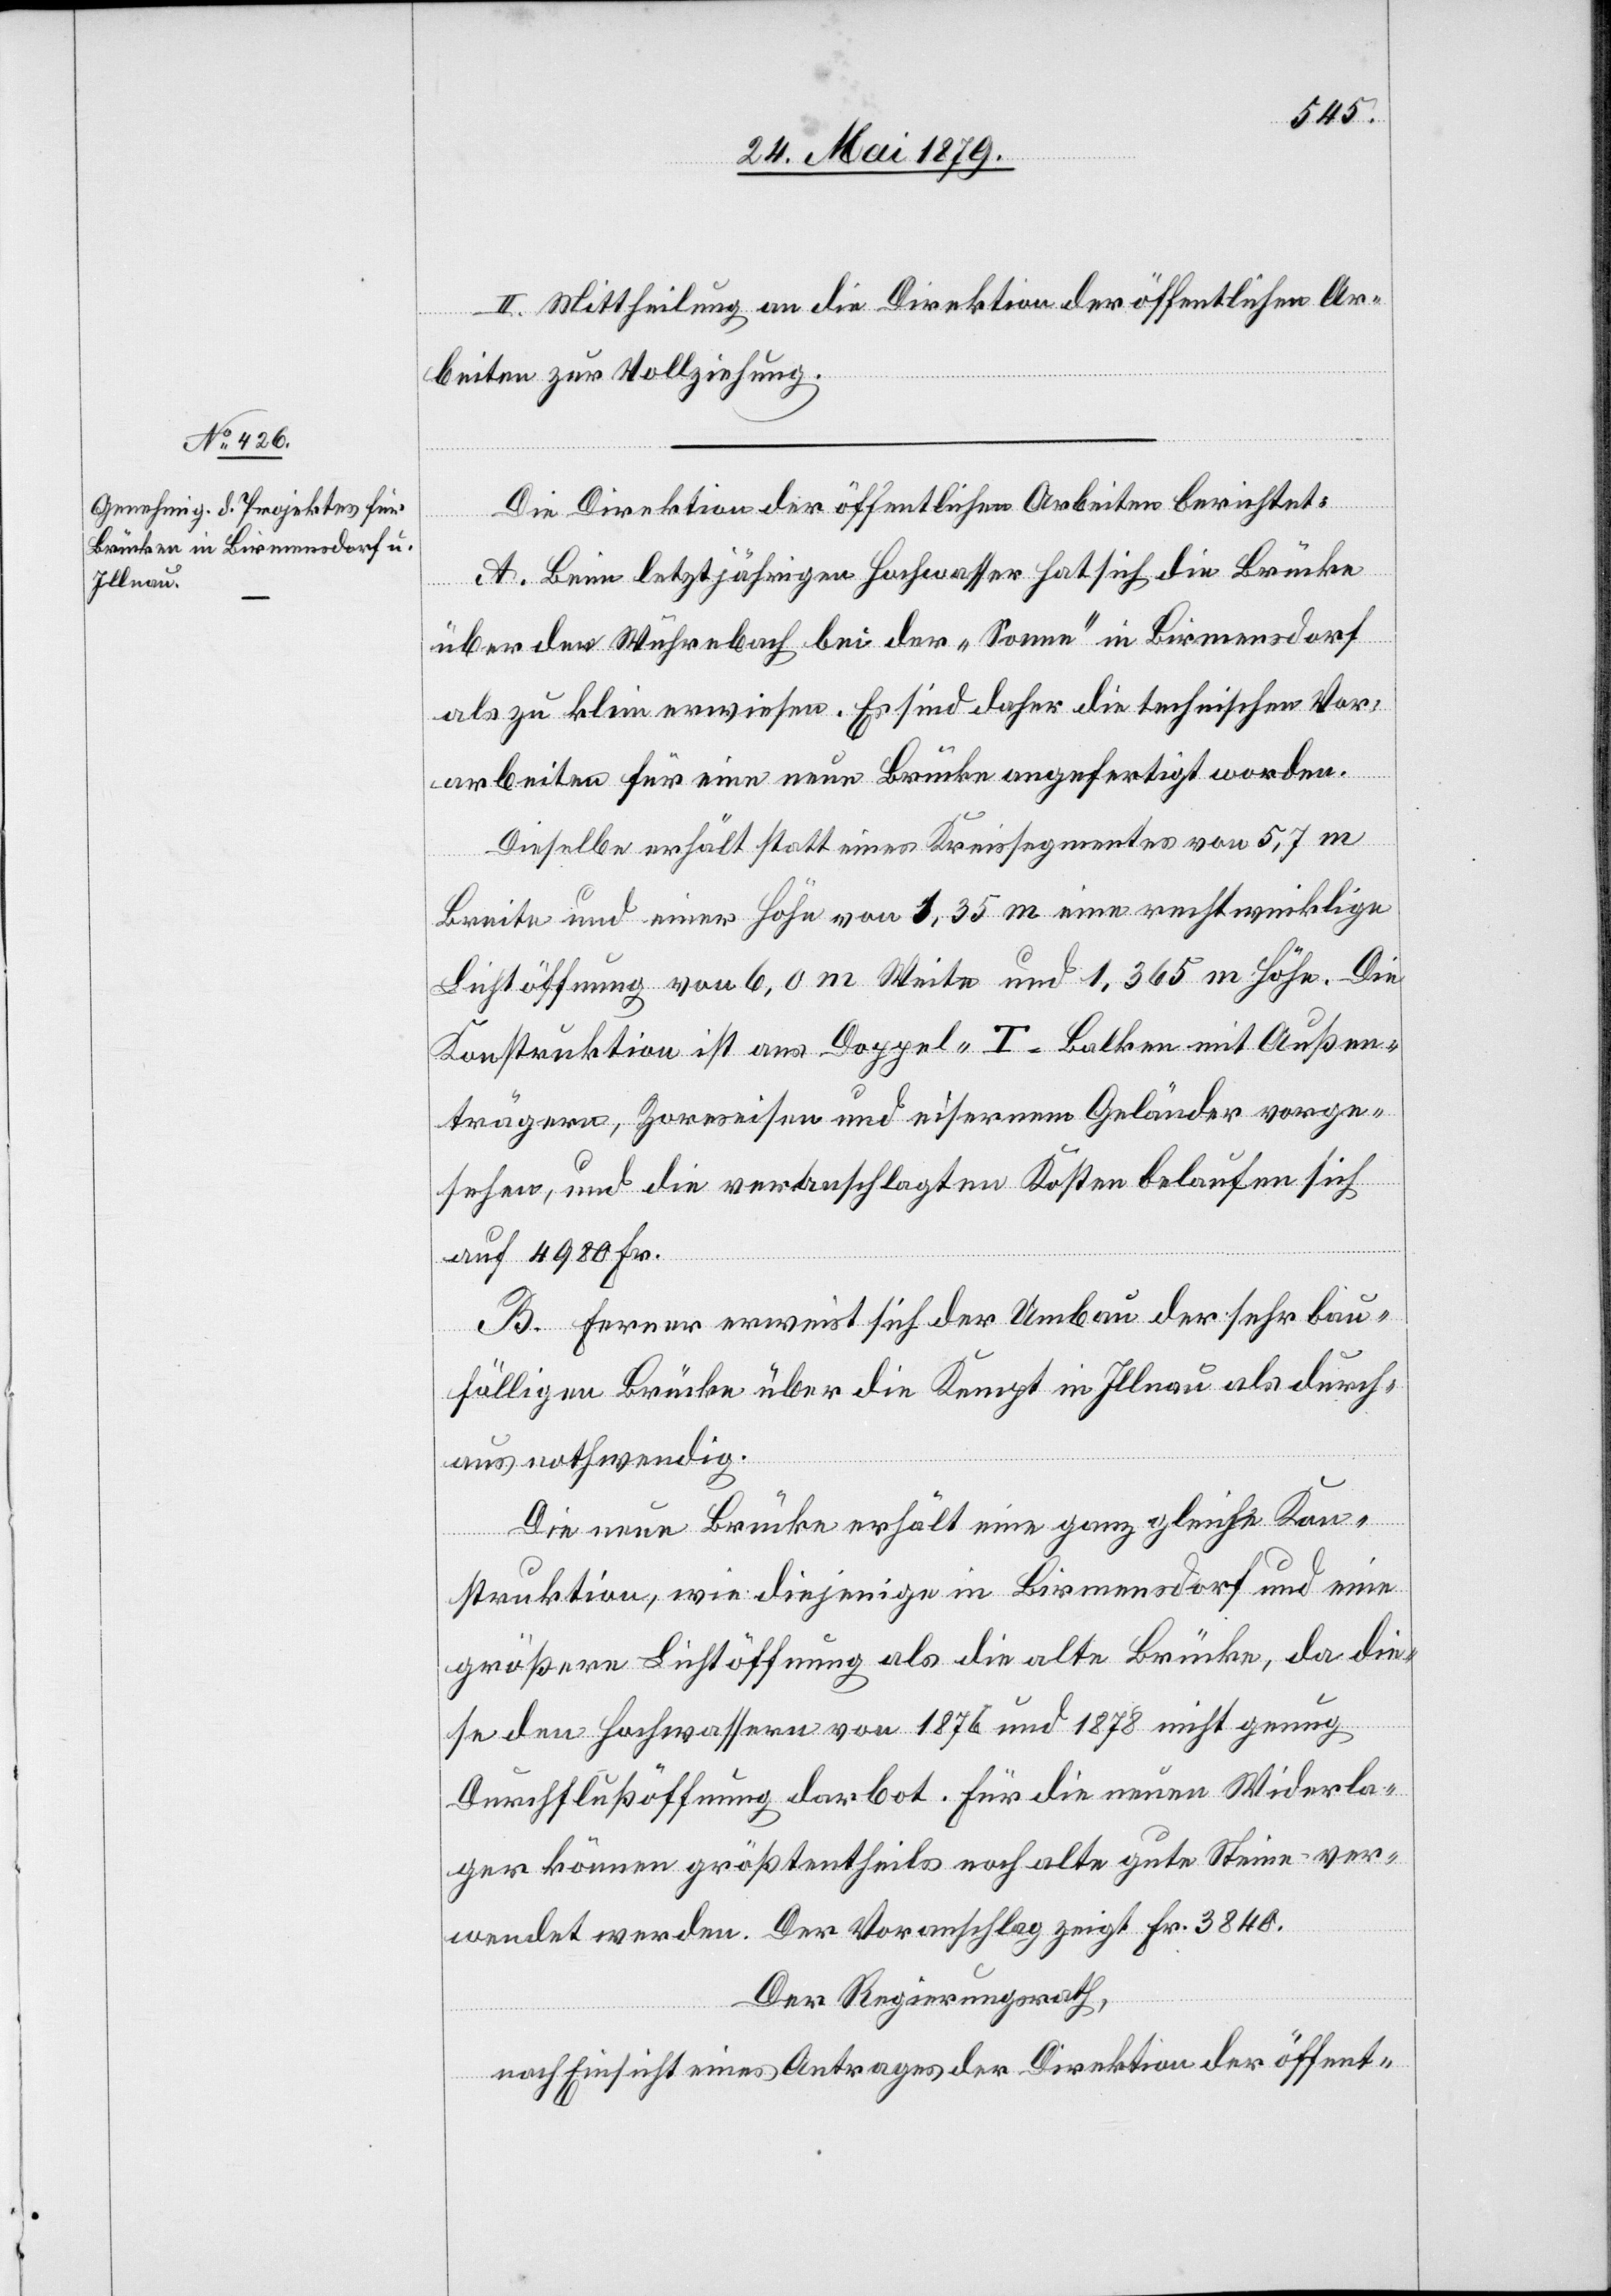
II. Mittheilung an die Direktion der öffentlichen Ar¬
beiten zur Vollziehung.
Die Direktion der öffentlichen Arbeiten berichtet:
A. Beim letztjährigen Hochwasser hat sich die Brücke
über den Wuhrebach bei der „Sonne“ in Birmensdorf
als zu klein erwiesen. Es sind daher die technischen Vor¬
arbeiten für eine neue Brücke angefertigt worden.
Dieselbe erhält statt eines Kreissegmentes von 5,7 m
Breite und einer Höhe von 1,35 m eine rechtwinklige
Lichtöffnung von 6,0 m Weite und 1,365 m Höhe. Die
Konstruktion ist aus Doppel-T-Balken mit Außen¬
trägern, Zoreseisen und eisernem Geländer vorge¬
sehen, und die veranschlagten Kosten belaufen sich
auf 4980 Fr.
B. Ferner erweist sich der Umbau der sehr bau¬
fälligen Brücke über die Kempt in Illnau als durch¬
aus nothwendig.
Die neue Brücke erhält eine ganz gleiche Kon¬
struktion, wie diejenige in Birmensdorf und eine
größere Lichtöffnung als die alte Brücke, da die¬
se den Hochwassern von 1876 und 1878 nicht genug
Durchflußöffnung darbot. Für die neuen Widerla¬
ger können größtentheils noch alte gute Steine ver¬
wendet werden. Der Voranschlag zeigt Fr. 3840.
Der Regierungsrath,
nach Einsicht eines Antrages der Direktion der öffent-